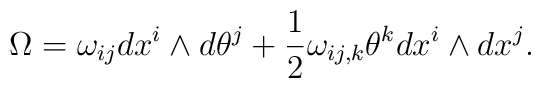
\Omega=\omega_{ij}dx^i\wedge d\theta^j +\frac 12 \omega_{ij,k}\theta^kdx^i\wedge dx^j .